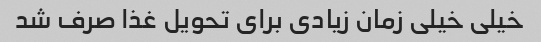
خیلی خیلی زمان زیادی برای تحویل غذا صرف شد